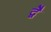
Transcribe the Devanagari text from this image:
द्वेै